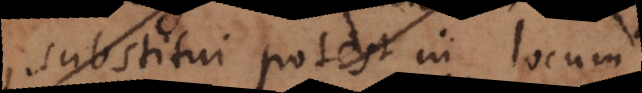
substitui potest in locum